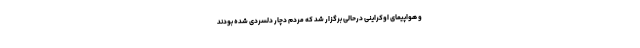
و هواپیمای اوکراینی درحالی برگزار شد که مردم دچار دلسردی شده بودند